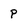
Character: P